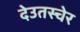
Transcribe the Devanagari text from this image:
देउतस्चेर